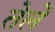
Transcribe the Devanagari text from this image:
तेलें